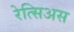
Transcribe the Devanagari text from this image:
रेत्सिअस